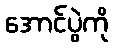
အောင်ပွဲကို